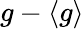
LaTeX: g-\langle g\rangle